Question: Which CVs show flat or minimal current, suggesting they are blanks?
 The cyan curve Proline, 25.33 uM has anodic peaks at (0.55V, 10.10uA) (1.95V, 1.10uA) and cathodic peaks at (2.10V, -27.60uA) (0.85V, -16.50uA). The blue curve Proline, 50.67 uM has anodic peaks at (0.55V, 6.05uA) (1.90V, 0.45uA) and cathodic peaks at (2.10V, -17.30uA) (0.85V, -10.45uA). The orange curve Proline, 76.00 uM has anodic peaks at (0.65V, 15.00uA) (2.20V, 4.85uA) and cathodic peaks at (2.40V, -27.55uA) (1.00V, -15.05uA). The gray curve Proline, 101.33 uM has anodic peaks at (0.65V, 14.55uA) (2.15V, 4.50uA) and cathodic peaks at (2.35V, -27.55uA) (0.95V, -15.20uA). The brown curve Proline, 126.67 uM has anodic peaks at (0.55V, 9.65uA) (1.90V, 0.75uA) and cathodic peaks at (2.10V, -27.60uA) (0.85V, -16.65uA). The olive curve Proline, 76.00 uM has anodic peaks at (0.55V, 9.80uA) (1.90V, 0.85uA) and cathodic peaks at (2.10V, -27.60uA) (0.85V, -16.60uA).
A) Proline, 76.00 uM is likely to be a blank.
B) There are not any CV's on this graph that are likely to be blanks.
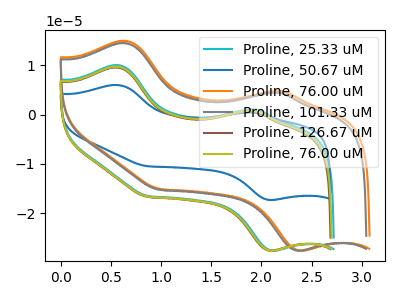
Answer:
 <answer>B) There are not any CV's on this graph that are likely to be blanks.</answer>
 <eval>B</eval>